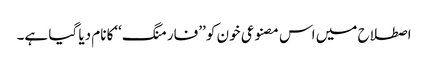
اصطلاح میں اس مصنوعی خون کو ’’فارمنگ‘‘کا نام دیا گیا ہے۔